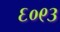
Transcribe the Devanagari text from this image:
६०९३